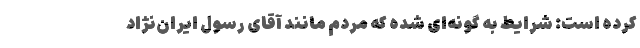
کرده است: شرایط به گونه‌ای شده که مردم مانند آقای رسول ایران‌نژاد